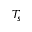
T _ { s }